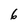
Character: 6